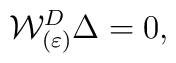
{\cal W}^{D}_{(\varepsilon)} \Delta = 0,